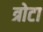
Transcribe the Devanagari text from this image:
त्रोटा